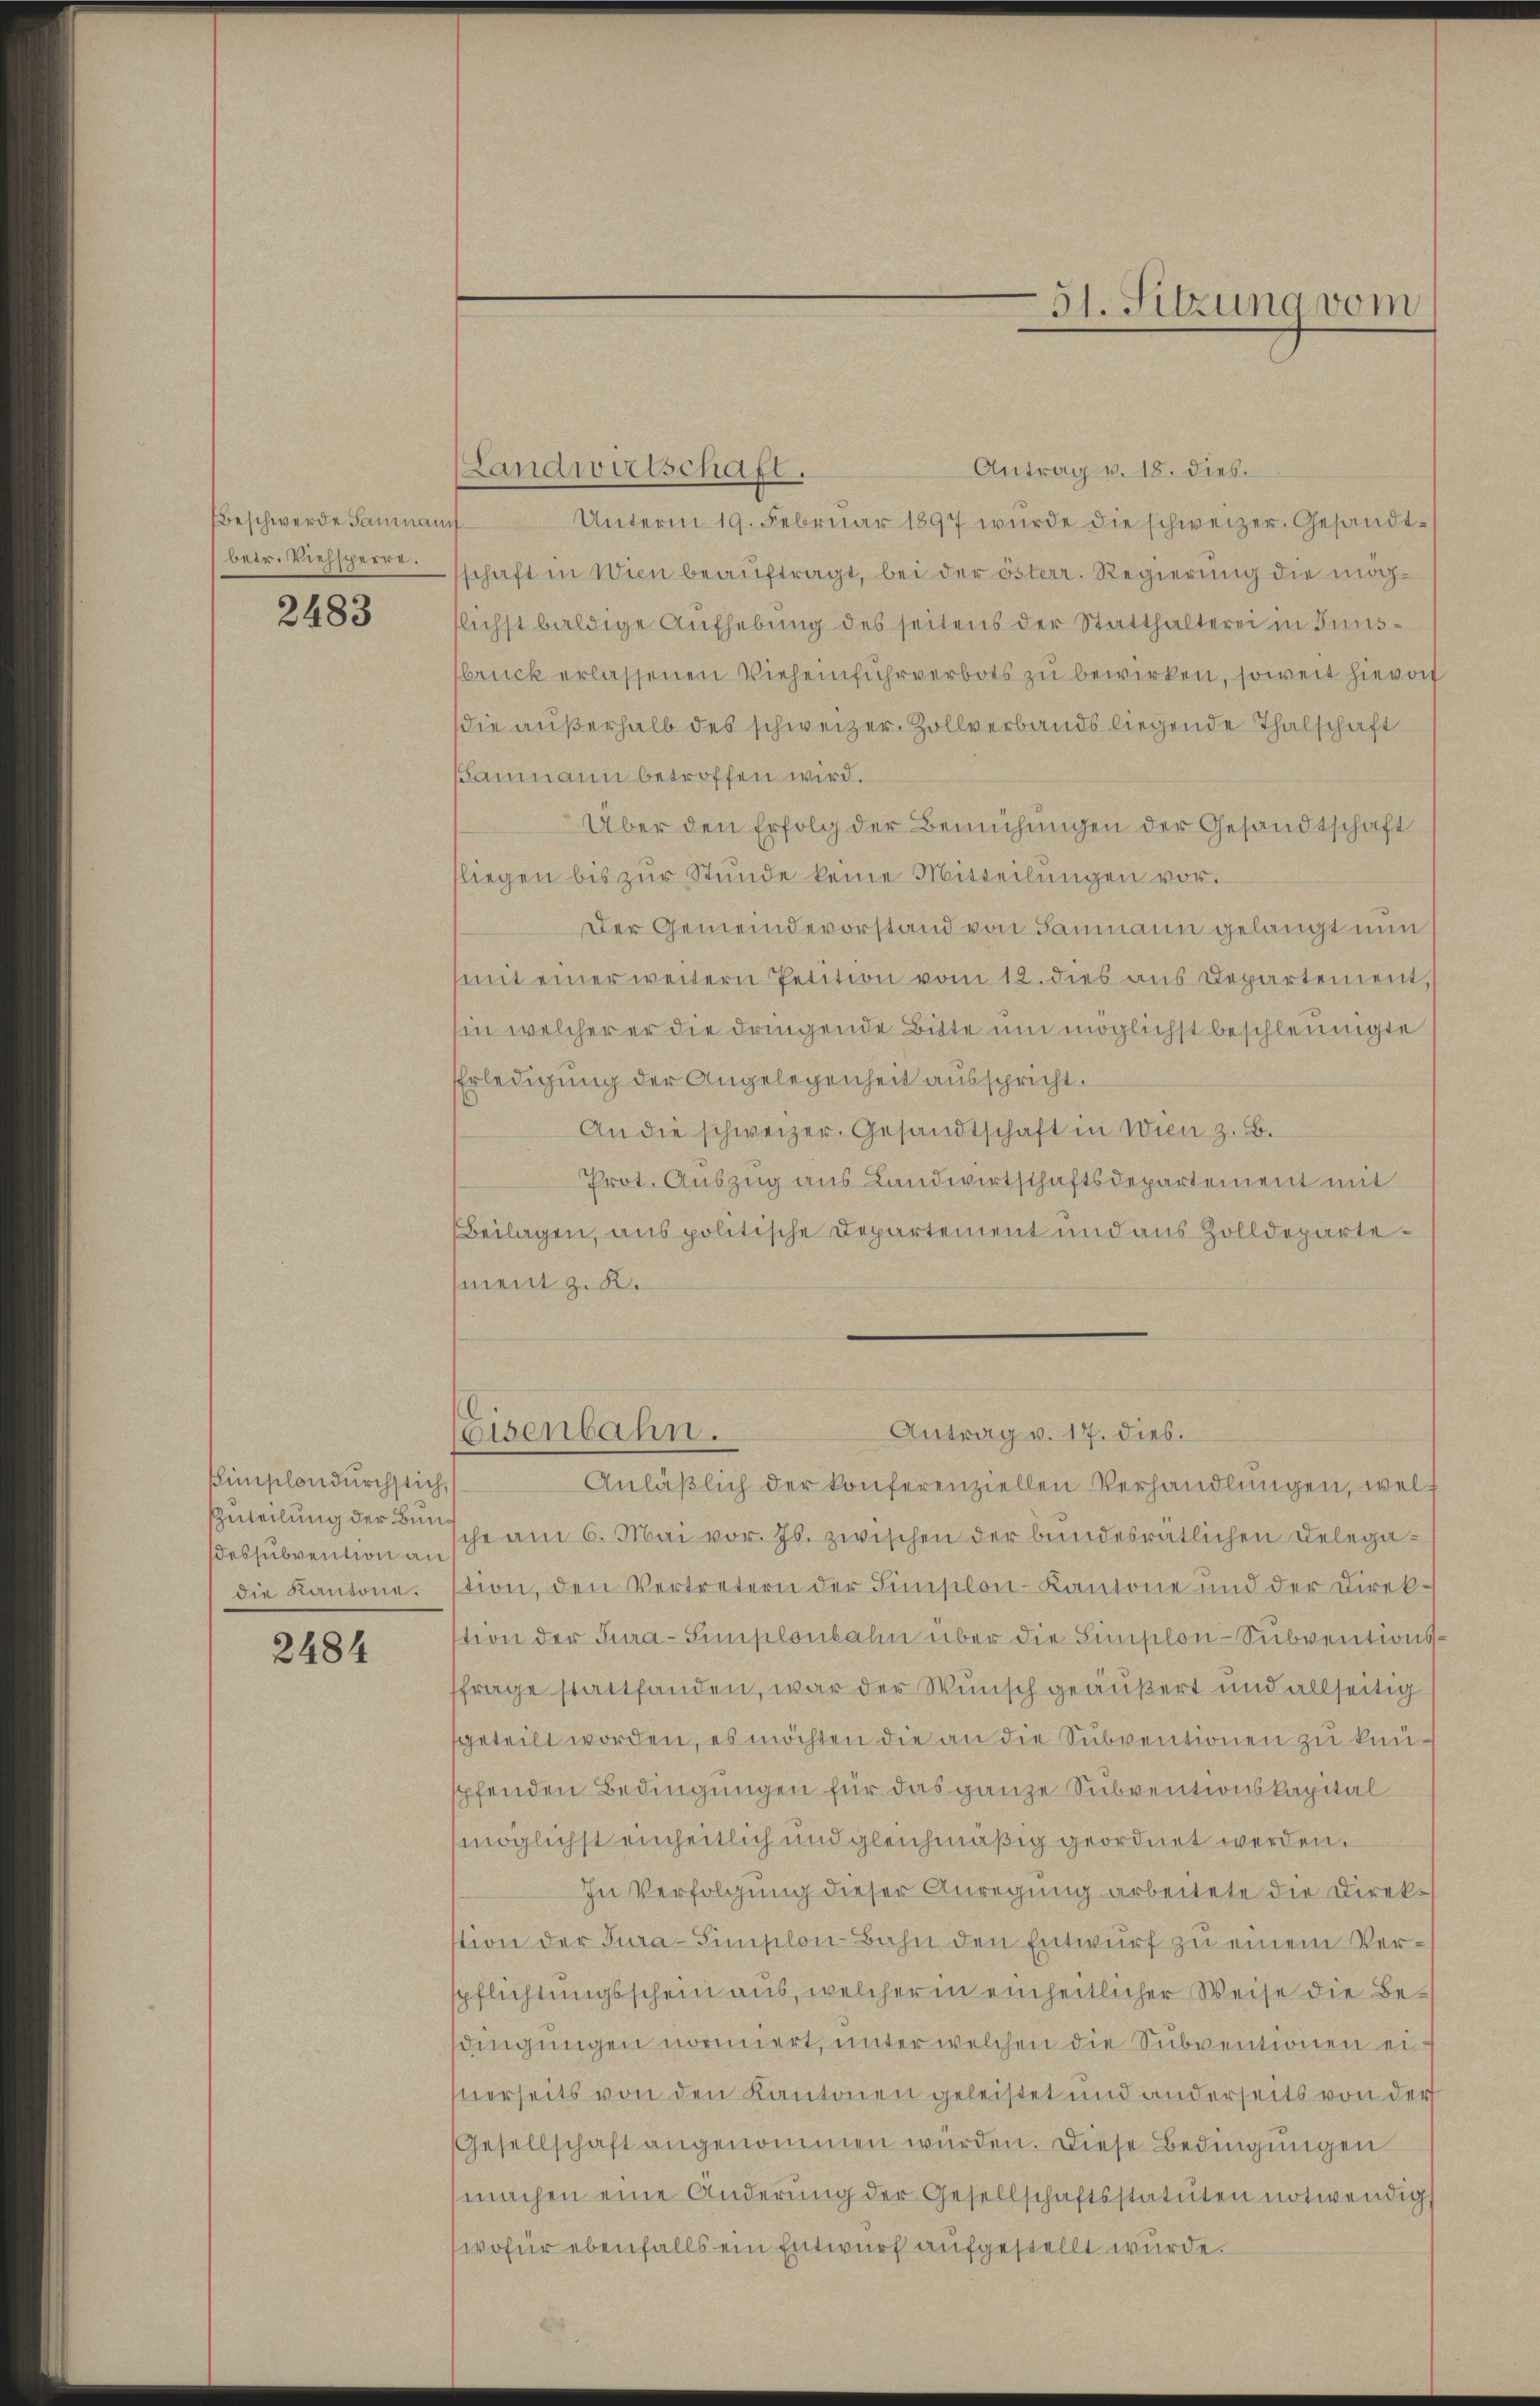
fbeschwerde Baumanif
betr. Viehsperre.

2483

Simplondurchstich,
dessubvention an
die Kantone.

2484

Antrag v. 18. dies.
Landwirtschaft.
Unterm 19. Februar 1897 wurde die schweizer. Gesandtschaft in Wien beauftragt, bei der österr. Regierung die mögtlichst baldige Aufhebung des seitens der Statthalterei in Inns-
bruck erlassenen Vieheinfuhrverbots zu bewirken, soweit hievon
die außerhalb des schweizer. Zollverbands liegende Thalschaft
Baumann betroffen wird.
Über den Erfolg der Bemühungen der Gesandtschaft
fliegen bis zŭr Stŭnde keine Mitteilŭngen vor.
Der Gemeindevorstand von Baumann gelangt nun
mit einer weitern Petition vom 12. dies aus Departement,
sin welcher er die dringende Bitte um möglichst beschleunigte
EErledigung der Angelegenheit ausspricht.
An die schweizer. Gesandtschaft in Wien z. B.
Prot. Auszug aus Landwirtschaftsdepartement mit
Beilagen, aus politische Departement und aus Zolldeparte¬
(ment z. K.

Anläβlich der konferenziellen Verhandlungen, wel
Zuteilung der ehe am 6. Mai vor. Js. zwischen der bundesrätlichen Delegation, den Vertretern der Hinsilon-Kantone und der Direktion der Jura-Simplonbahn über die Simplon-Subventionsfrage stattfanden, war der Wunsch geäußert und allseitig
geteilt worden, es möchten die an die Subventionen zu kanspfenden Bedingungen für das ganze Subventionskapital
möglichst einheitlich und gleichmäßig geordnet werden.
In Verfolgung dieser Anregung arbeitete die Direkstion der Tura-Simplon-Bahn den Entwurf zu einem Verspflichtungsschein aus, welcher in einheitlicher Weise die Besdingungen normiert, unter welchen die Subventionen eisnerseits von den Kantonen geleistet und anderseits von der
Gesellschaft angenommen würden. Diese Bedingŭngen
machen eine Änderŭng der Gesellschaftsstatuten notwendig
wofür ebenfalls ein Entwurf aufgestellt wurde.

eisenbahn.

Antrag v. 17. dies.

31. Sitzung vom